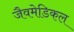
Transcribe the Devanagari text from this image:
जैवमेडिकल